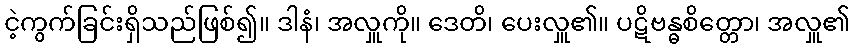
ငဲ့ကွက်ခြင်းရှိသည်ဖြစ်၍။ ဒါနံ၊ အလှူကို။ ဒေတိ၊ ပေးလှူ၏။ ပဋိဗန္ဓစိတ္တော၊ အလှူ၏